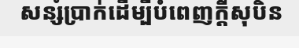
សន្សំប្រាក់ដើម្បីបំពេញក្តីសុបិន